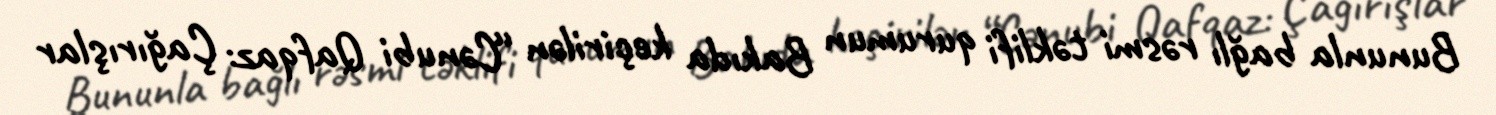
Bununla bağlı rəsmi təklifi qurumun Bakıda keçirilən “Cənubi Qafqaz: Çağırışlar